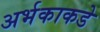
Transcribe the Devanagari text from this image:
अर्भकाकडे